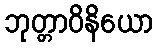
ဘုတ္တာဝိနိယော